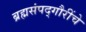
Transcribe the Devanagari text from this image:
ब्रह्मसंपद्गौरींचे